Sanitation, dispensaries and jails vaccination Rajputana 1922-1927 - 1922-1927
Year: 1922
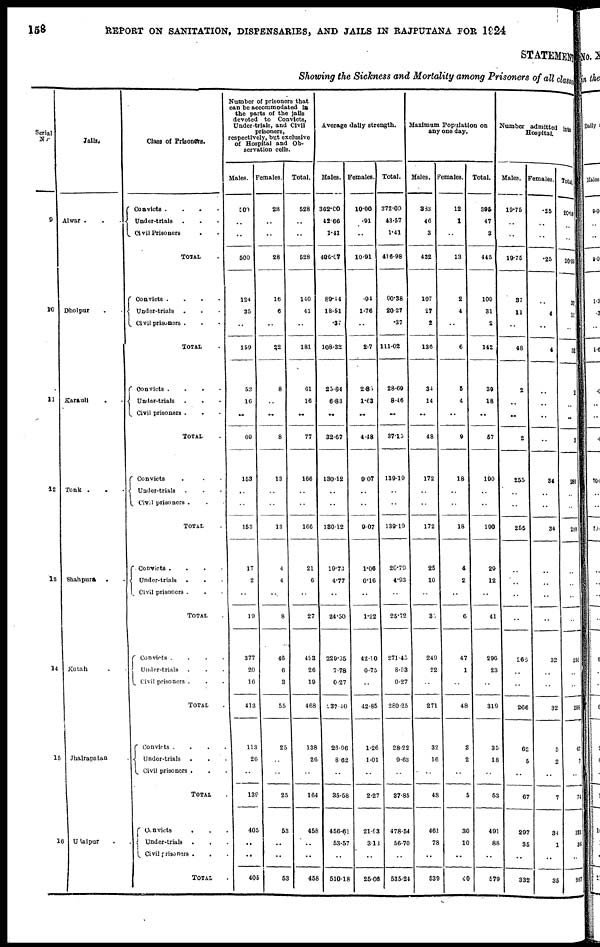
158
REPORT ON SANITATION, DISPENSARIES, AND JAILS IN RAJPUTANA FOR 1924
STATEMENT
Showing the Sickness and Mortality among Prisoners of all classes
Serial
No.
9
10
11
12
13
14
15
16
Jails.
Alwar .
.
.
Dholpur
.
.
Karauli
.
.
Tonk .
.
.
Shahpura
.
.
Kotah . .
Jhalrapatan .
Udaipur .
Class of Prisoners.
Convicts
. . . .
Under-trials
. . .
Civil Prisoners
..
TOTAL .
Convicts . . . .
Under-trials. . .
Civil prisoners . . .
TOTAL .
Convicts . . . .
Under-trials . . .
Civil prisoners . . .
TOTAL .
Convicts . . .
Under-trials . . .
Civil prisoners . . .
TOTAL .
Convicts . . .
Under-trials
. . .
Civil prisoners . . .
TOTAL .
Convicts .
.
.
.
Under-trials . . .
Civil prisoners . . .
TOTAL .
Convicts .
.
.
.
Under-trials . . .
Civil prisoners . . .
TOTAL .
Convicts . . .
Under-trials . . .
Civil prisoners . . .
TOTAL .
Number of prisoners that
can be accommodated in
the parts of the jails
devoted to Convicts,
Under-trials, and Civil
prisoners,
respectively, but exclusive
of Hospital and Ob-
servation cells.
Males.
500
..
..
500
124
35
..
159
53
16
..
69
153
..
..
153
17
2
..
19
377
20
16
413
113
26
..
139
405
..
..
405
Females.
28
..
..
28
16
6
..
22
8
..
..
8
13
..
..
13
4
4
..
8
46
6
3
55
25
..
..
25
53
..
..
53
Total.
528
..
..
528
140
41
..
181
61
16
..
77
166
..
..
166
21
6
..
27
423
26
19
468
138
26
..
164
458
..
..
458
Average daily strength.
Males.
362.00
42.66
1.41
406.07
89.44
18.51
.37
108.32
25.84
6.83
..
32.67
130.12
..
..
130.12
19.73
4.77
..
24.50
229.35
7.78
0.27
237.40
26.96
8.62
..
35.58
456.61
53.57
..
510.18
Females.
10.00
.91
..
10.91
.94
1.76
..
2.7
2.85
1.63
..
4.48
9.07
..
..
9.07
1.06
0.16
..
1.22
42.10
0.75
..
42.85
1.26
1.01
..
2.27
21.93
3.13
..
25.06
Total.
372.00
43.57
1.41
416.98
90.38
20.27
.37
111.02
28.69
8.46
..
37.15
139.19
..
..
139.19
20.79
4.93
..
25.72
271.45
8.53
0.27
280.25
28.22
9.63
..
37.85
478.54
56.70
..
535.24
Maximum Population on
any one day.
Males.
383
46
3
432
107
27
2
136
34
14
..
48
172
..
..
172
25
10
..
35
249
22
..
271
32
16
..
48
461
78
..
539
Females.
12
1
..
13
2
4
..
6
5
4
..
9
18
..
..
18
4
2
..
6
47
1
..
48
3
2
..
5
30
10
..
40
Total.
395
47
3
445
109
31
2
142
39
18
..
57
190
..
..
190
29
12
..
41
296
23
..
319
35
18
..
53
491
88
..
579
Number admitted into
Hospital.
Males.
19.75
..
..
19.75
37
11
..
48
2
..
..
2
255
..
..
255
..
..
..
..
266
..
..
266
62
5
..
67
297
35
..
332
Females.
.25
..
..
.25
..
4
..
4
..
..
..
..
34
..
..
34
..
..
..
..
32
..
..
32
5
2
..
7
34
1
..
35
Total.
20.00
..
..
20.00
37
15
..
52
2
..
..
2
289
..
..
289
..
..
..
..
298
..
..
298
67
7
..
74
331
36
..
367